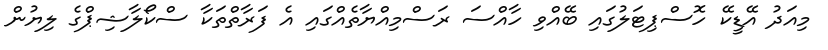
މިއަދު އޭޑީކޭ ހޮސްޕިޓަލުގައި ބޭއްވި ހާއްސަ ރަސްމިއްޔާތެއްގައި އެ ފަރާތްތަކާ ސްކޯލާޝިޕްގެ ލިޔުން